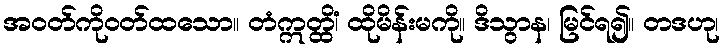
အဝတ်ကိုဝတ်ထသော။ တံဣတ္ထိံ၊ ထိုမိန်းမကို။ ဒိသွာန၊ မြင်ရ၍။ တဒဟု၊